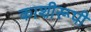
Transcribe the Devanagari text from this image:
काशीरूपी